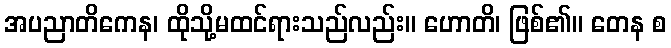
အပညာတိကေန၊ ထိုသို့မထင်ရားသည်လည်း။ ဟောတိ၊ ဖြစ်၏။ တေန စ